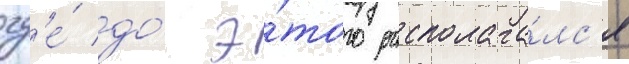
гд'е́ до́ э́того располага́лс'я